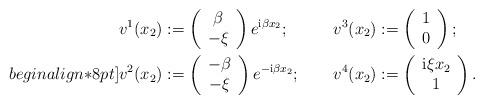
LaTeX: \begin{align*} v^1(x_2) &:= \left(\begin{array}{c} \beta \\ - \xi \end{array} \right) e^{\mathrm{i} \beta x_2}; &v^3(x_2) &:= \left(\begin{array}{c} 1\\ 0\end{array} \right);\\begin{align*}8pt] v^2(x_2) &:= \left(\begin{array}{c} -\beta \\ - \xi \end{array} \right) e^{- \mathrm{i} \beta x_2}; & v^4(x_2) &:= \left(\begin{array}{c} \mathrm{i} \xi x_2\\ 1\end{array} \right).\end{align*}